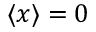
\langle x \rangle = 0